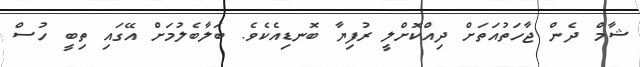
ޝާމް ދެން ޖާހަތުއަތަށް ދިއްކޮށްލީ ރުފިޔާ ބޮނޑިއެކެވެ. ބަލާބެލުމަށް އޭގައި ތިބީ ހުސް